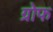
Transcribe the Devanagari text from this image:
ग्रोफ